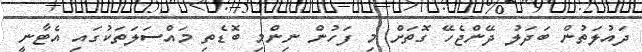
ދައުލަތުން ބަދަލު ދޭންޖެހޭ ގޮތަށް މި ފަހުން ނިންމި ބޮޑެތި މައްސަލަތަކުގައި އެޓާނީ